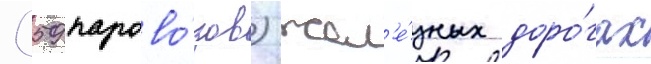
(59 парово́зов) жел'е́зных доро́гах